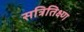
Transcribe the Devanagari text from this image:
सत्रितिक्ष्ण